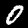
Digit: 0